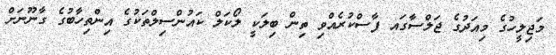
މަޖިލީހުގެ މިއަދުގެ ޖަލްސާގައ ފާސްކުރެއްވި ތިން ބިލަކީ ލޯކަލް ކައުންސިލްތަކުގެ އިންތިހާބުގެ ގާނޫނަށް